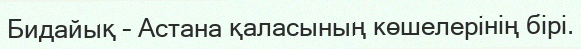
Бидайық – Астана қаласының көшелерінің бірі.